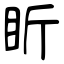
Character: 盺